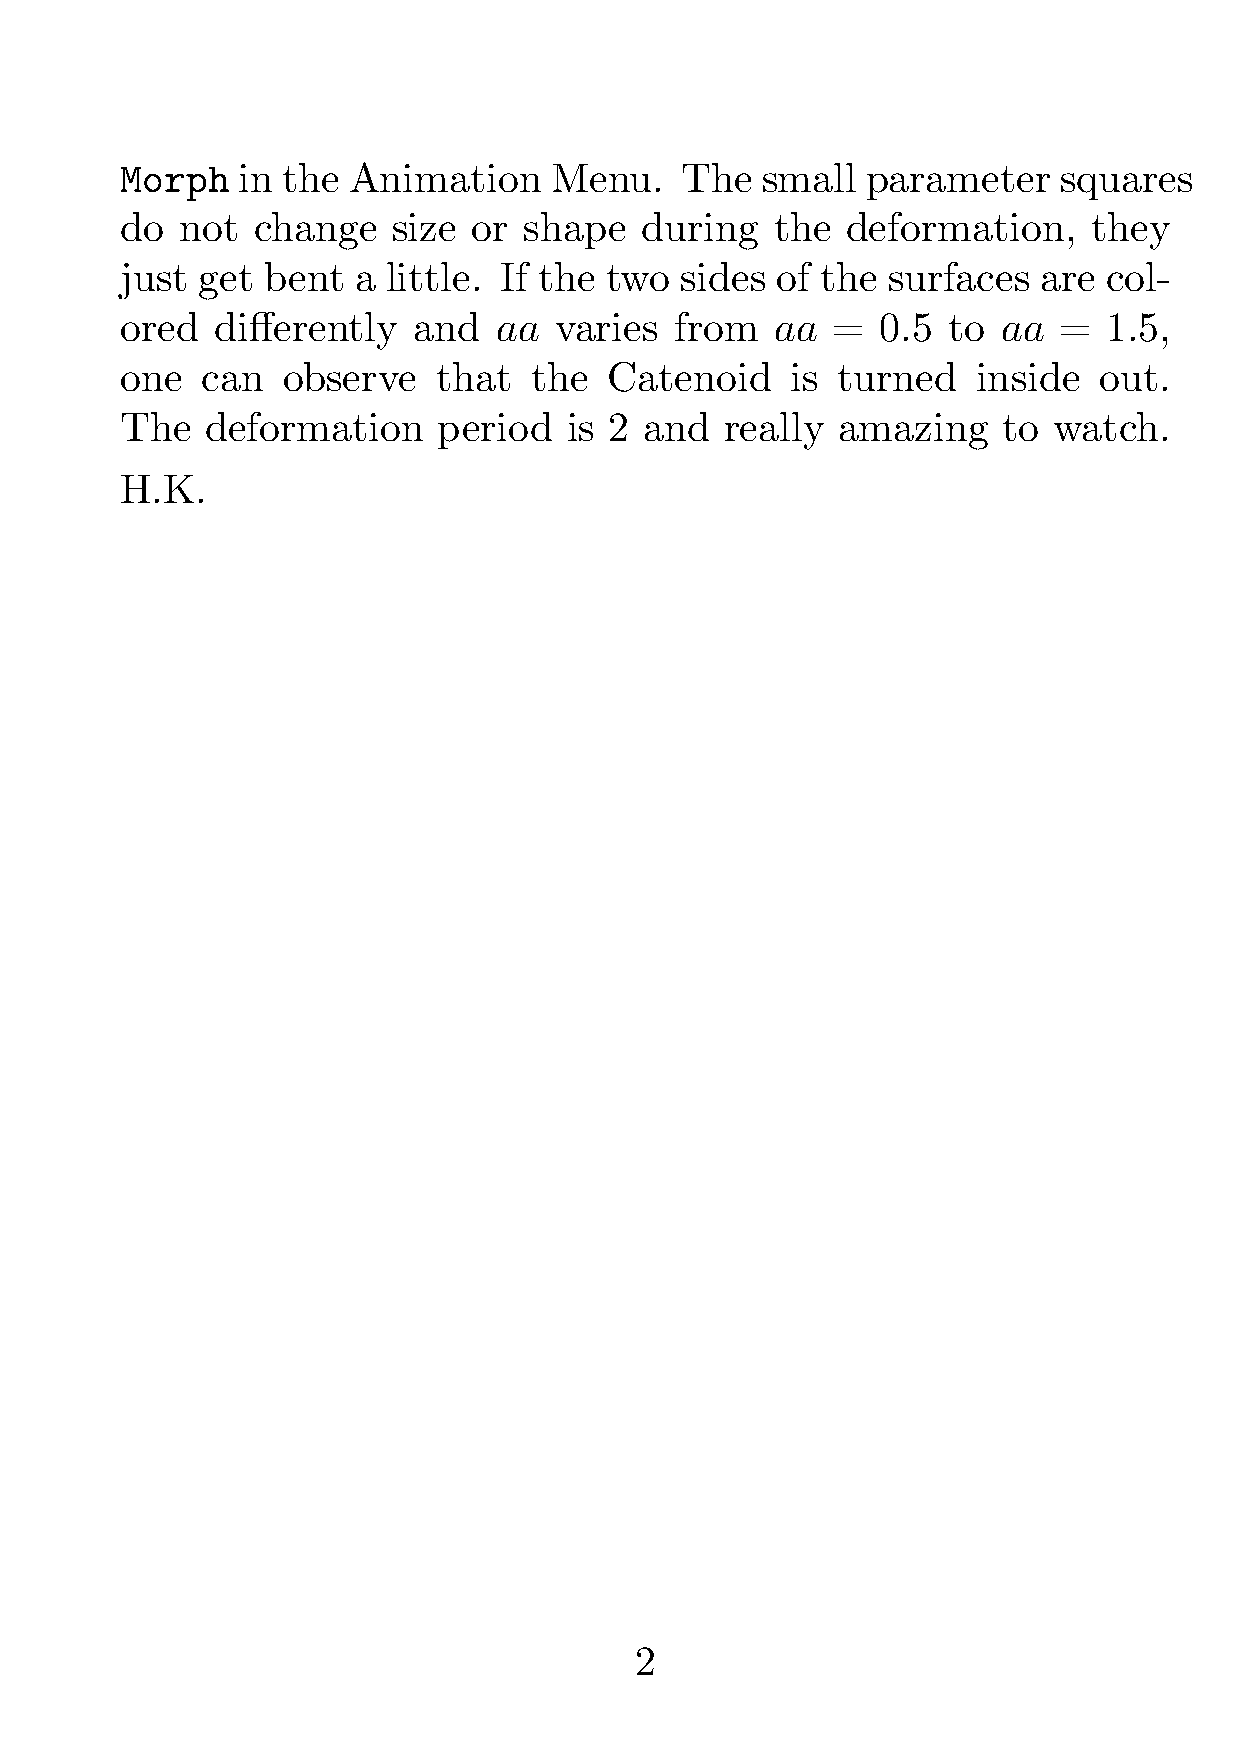
Morph   in the Animation    Menu.    The  small  parameter    squares
 do  not  change   size or  shape  during   the  deformation,    they
 just get bent  a  little. If the two sides of the  surfaces  are col-
 ored  differently  and   aa  varies  from  aa  =  0.5  to aa  =  1.5,
 one  can   observe   that  the  Catenoid    is turned    inside  out.
 The   deformation    period   is 2 and  really amazing    to  watch.
 H.K.
 2